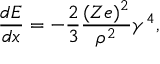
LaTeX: { \frac { d E } { d x } } = - { \frac { 2 } { 3 } } { \frac { ( Z e ) ^ { 2 } } { \rho ^ { 2 } } } \gamma ^ { 4 } ,